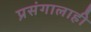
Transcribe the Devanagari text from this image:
प्रसंगालाही